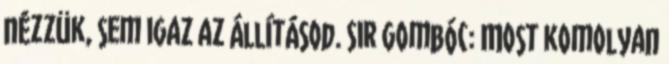
nézzük, sem igaz az állításod. Sir Gombóc: Most komolyan